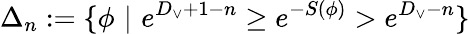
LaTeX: \Delta_{n}:=\{ \phi\, \, |\, \, e^{D_{\vee}+1-n}\geq e^{-S(\phi)}>e^{D_{\vee}-n}\}